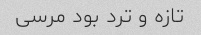
تازه و ترد بود مرسی